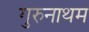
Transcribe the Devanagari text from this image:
गुरुनाथम